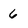
Character: 6